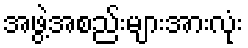
အဖွဲ့အစည်းများအားလုံး